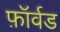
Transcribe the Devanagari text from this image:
फ़ॉर्वड